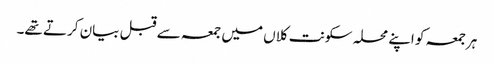
ہرجمعہ کو اپنے محلہ سکونت کلاں میں جمعہ سے قبل بیان کرتے تھے۔